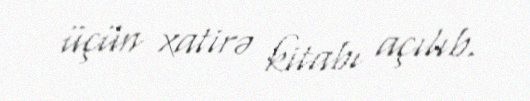
üçün xatirə kitabı açılıb.